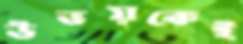
উভয়কেই